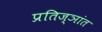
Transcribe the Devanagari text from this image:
प्रतिज्ञांत